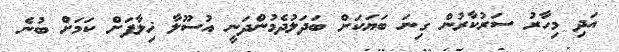
އަދި މިހާރު ސަރުކާރުން ގިނަ ބަޔަކަށް ބަދަލުދެމުންދަނީ އުސޫލާ ޚިލާފަށް ކަމަށް ބުނެ